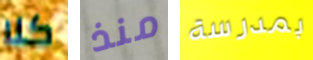
كلا منذ بمدرسة